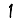
Digit: 1